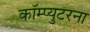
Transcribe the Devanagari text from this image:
कॉम्प्युटरना